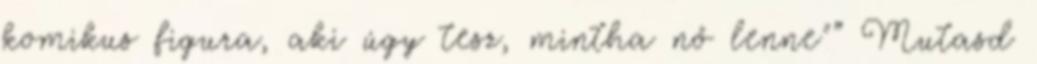
komikus figura, aki úgy tesz, mintha nő lenne"” Mutasd